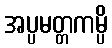
အပ္ပမတ္တကမ္ပိ